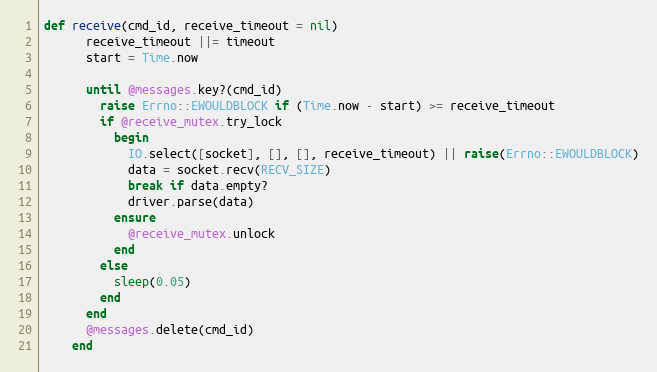
Language: Ruby
def receive(cmd_id, receive_timeout = nil)
      receive_timeout ||= timeout
      start = Time.now

      until @messages.key?(cmd_id)
        raise Errno::EWOULDBLOCK if (Time.now - start) >= receive_timeout
        if @receive_mutex.try_lock
          begin
            IO.select([socket], [], [], receive_timeout) || raise(Errno::EWOULDBLOCK)
            data = socket.recv(RECV_SIZE)
            break if data.empty?
            driver.parse(data)
          ensure
            @receive_mutex.unlock
          end
        else
          sleep(0.05)
        end
      end
      @messages.delete(cmd_id)
    end